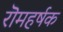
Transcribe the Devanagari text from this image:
रॊमहर्षक